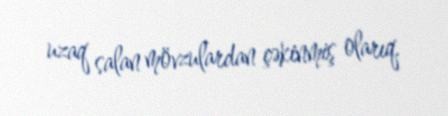
uzaq salan mövzulardan çəkinmiş olarıq.